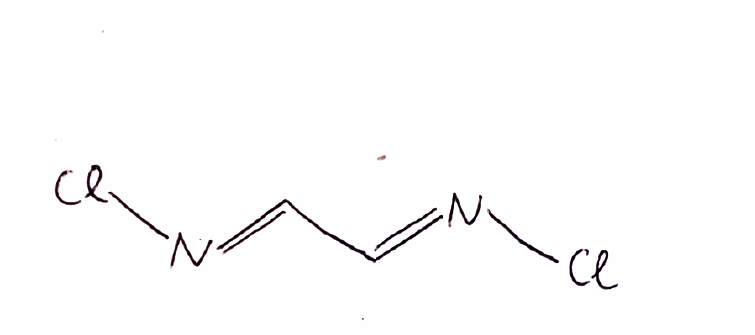
Simplified molecular-input line-entry system (SMILES) notation of the given molecule:
C(=N/Cl)\C=N\Cl